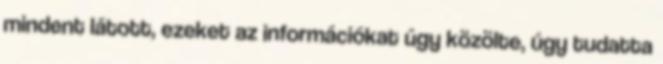
mindent látott, ezeket az információkat úgy közölte, úgy tudatta